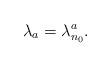
LaTeX: \begin{align*} \lambda_a= \lambda_{n_0}^a. \end{align*}